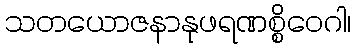
သတယောဇနာနုဖရဏစ္စိဝေဂါ၊